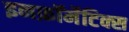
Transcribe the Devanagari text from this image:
इनफ़ॉर्मेटिक्स